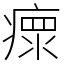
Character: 瘝